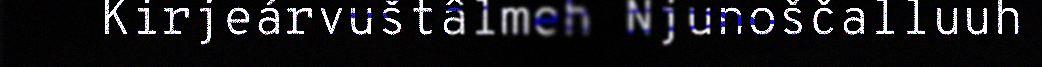
Kirjeárvuštâlmeh Njunoščalluuh